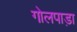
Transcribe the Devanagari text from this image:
गोलपाड़ा